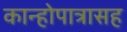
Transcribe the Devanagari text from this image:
कान्होपात्रासह